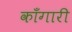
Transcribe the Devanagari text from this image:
काँगारी